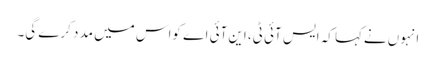
انہوں نےکہا کہ ایس آئی ٹی، این آئی اے کواس میں مد د کرے گی۔